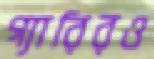
গ্যারিরও